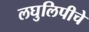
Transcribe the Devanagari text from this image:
लघुलिपीचे